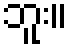
ဘူး။